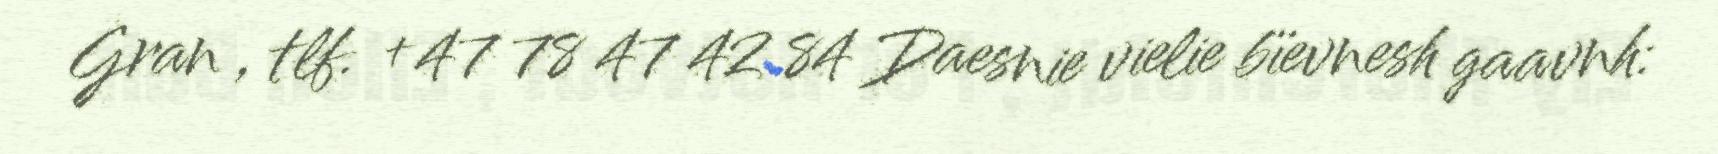
Gran , tlf. +47 78 47 42 84 Daesnie vielie bïevnesh gaavnh: